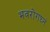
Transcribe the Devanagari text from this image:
भवरोगघ्नं